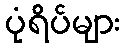
ပုံရိပ်များ